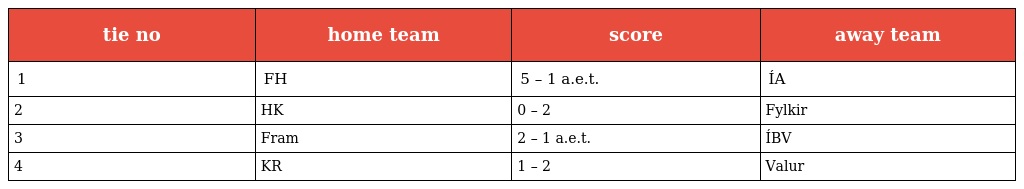
| tie no | home team | score | away team |
 | --- | --- | --- | --- |
 | 1 | FH | 5 – 1 a.e.t. | ÍA |
 | 2 | HK | 0 – 2 | Fylkir |
 | 3 | Fram | 2 – 1 a.e.t. | ÍBV |
 | 4 | KR | 1 – 2 | Valur |